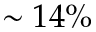
\sim 1 4 \%